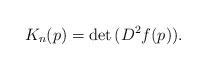
LaTeX: \begin{align*} K_n(p)=\det\,(D^2f(p)).\end{align*}